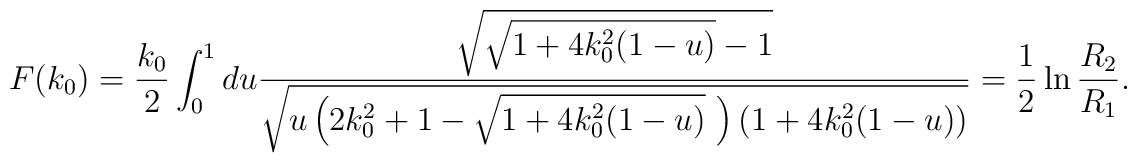
F(k_0)=\frac{k_0}{2}\int_0^1 du\frac{\sqrt{\sqrt{1+4k_0^2(1-u)}-1}}{\sqrt{u\left(2k_0^2+1-\sqrt{1+4k_0^2(1-u)}~\right)\left(1+4k_0^2(1-u)\right)}} =\frac{1}{2}\ln \frac{R_2}{R_1}.